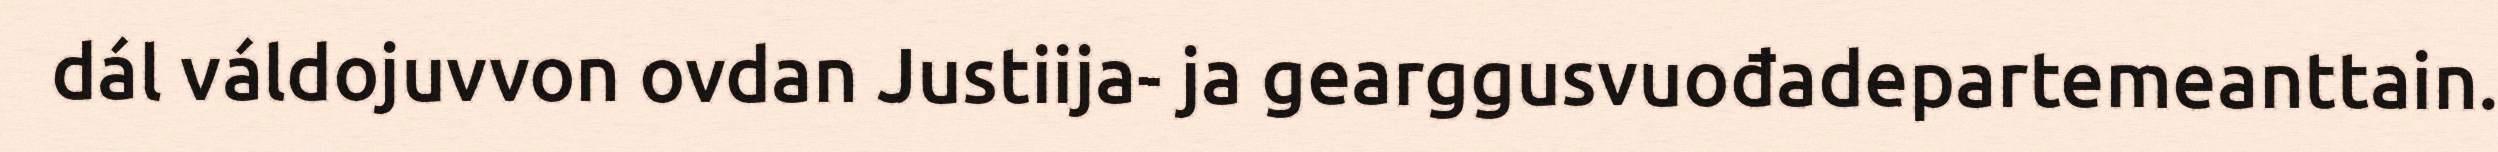
dál váldojuvvon ovdan Justiija- ja gearggusvuođadepartemeanttain.